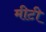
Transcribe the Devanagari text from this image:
मीटी